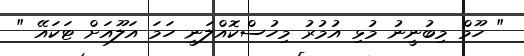
" ހޫމް މިބުނީނު މުޅި އުމުރު މިހުސްކޮއްލަނީ ހަމަ އަލޫއަށް ޓަކައޭ "